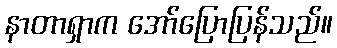
နာတာရှာက အော်ပြောပြန်သည်။